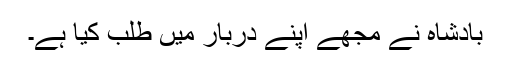
بادشاہ نے مجھے اپنے دربار میں طلب کیا ہے۔